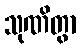
သုဏိတွာ